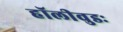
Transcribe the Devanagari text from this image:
हॉलीवुडः